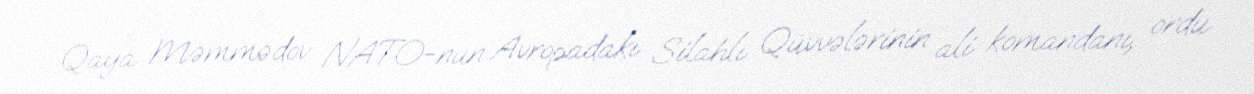
Qaya Məmmədov NATO-nun Avropadakı Silahlı Qüvvələrinin ali komandanı, ordu